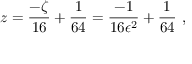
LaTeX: z = \frac { - \zeta } { 1 6 } + \frac { 1 } { 6 4 } = \frac { - 1 } { 1 6 \epsilon ^ { 2 } } + \frac { 1 } { 6 4 } \ ,